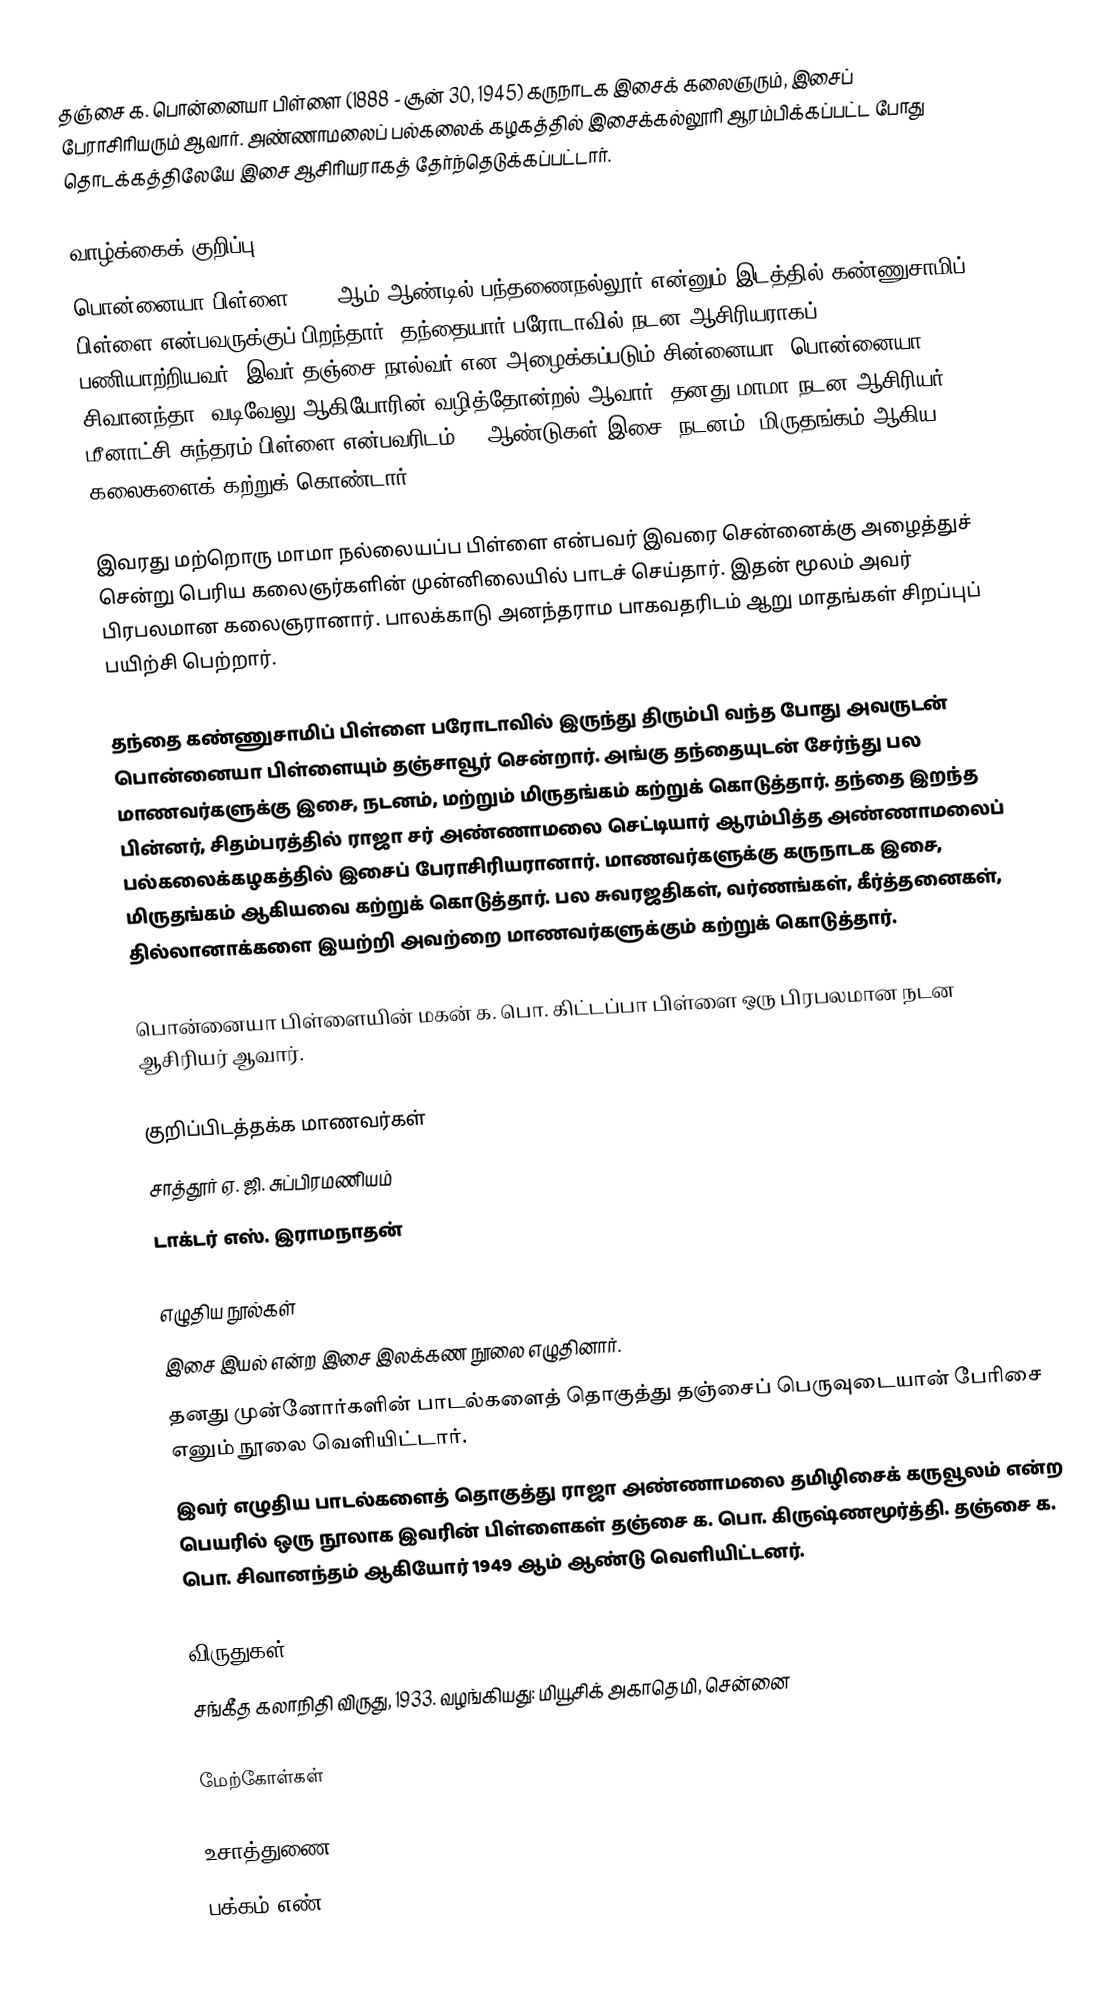
தஞ்சை க. பொன்னையா பிள்ளை (1888 - சூன் 30, 1945) கருநாடக இசைக் கலைஞரும், இசைப் பேராசிரியரும் ஆவார். அண்ணாமலைப் பல்கலைக் கழகத்தில் இசைக்கல்லூரி ஆரம்பிக்கப்பட்ட போது தொடக்கத்திலேயே இசை ஆசிரியராகத் தேர்ந்தெடுக்கப்பட்டார்.

வாழ்க்கைக் குறிப்பு
பொன்னையா பிள்ளை 1888 ஆம் ஆண்டில் பந்தணைநல்லூர் என்னும் இடத்தில் கண்ணுசாமிப் பிள்ளை என்பவருக்குப் பிறந்தார். தந்தையார் பரோடாவில் நடன ஆசிரியராகப் பணியாற்றியவர். இவர் தஞ்சை நால்வர் என அழைக்கப்படும் சின்னையா, பொன்னையா, சிவானந்தா, வடிவேலு ஆகியோரின் வழித்தோன்றல் ஆவார். தனது மாமா நடன ஆசிரியர் மீனாட்சி சுந்தரம் பிள்ளை என்பவரிடம் 15 ஆண்டுகள் இசை, நடனம், மிருதங்கம் ஆகிய கலைகளைக் கற்றுக் கொண்டார்.

இவரது மற்றொரு மாமா நல்லையப்ப பிள்ளை என்பவர் இவரை சென்னைக்கு அழைத்துச் சென்று பெரிய கலைஞர்களின் முன்னிலையில் பாடச் செய்தார். இதன் மூலம் அவர் பிரபலமான கலைஞரானார். பாலக்காடு அனந்தராம பாகவதரிடம் ஆறு மாதங்கள் சிறப்புப் பயிற்சி பெற்றார்.

தந்தை கண்ணுசாமிப் பிள்ளை பரோடாவில் இருந்து திரும்பி வந்த போது அவருடன் பொன்னையா பிள்ளையும் தஞ்சாவூர் சென்றார். அங்கு தந்தையுடன் சேர்ந்து பல மாணவர்களுக்கு இசை, நடனம், மற்றும் மிருதங்கம் கற்றுக் கொடுத்தார். தந்தை இறந்த பின்னர், சிதம்பரத்தில் ராஜா சர் அண்ணாமலை செட்டியார் ஆரம்பித்த அண்ணாமலைப் பல்கலைக்கழகத்தில் இசைப் பேராசிரியரானார். மாணவர்களுக்கு கருநாடக இசை, மிருதங்கம் ஆகியவை கற்றுக் கொடுத்தார். பல சுவரஜதிகள், வர்ணங்கள், கீர்த்தனைகள், தில்லானாக்களை இயற்றி அவற்றை மாணவர்களுக்கும் கற்றுக் கொடுத்தார்.

பொன்னையா பிள்ளையின் மகன் க. பொ. கிட்டப்பா பிள்ளை ஒரு பிரபலமான நடன ஆசிரியர் ஆவார்.

குறிப்பிடத்தக்க மாணவர்கள்
 சாத்தூர் ஏ. ஜி. சுப்பிரமணியம்
 டாக்டர் எஸ். இராமநாதன்

எழுதிய நூல்கள்
 இசை இயல் என்ற இசை இலக்கண நூலை எழுதினார்.
 தனது முன்னோர்களின் பாடல்களைத் தொகுத்து தஞ்சைப் பெருவுடையான் பேரிசை எனும் நூலை வெளியிட்டார்.
 இவர் எழுதிய பாடல்களைத் தொகுத்து ராஜா அண்ணாமலை தமிழிசைக் கருவூலம் என்ற பெயரில் ஒரு நூலாக இவரின் பிள்ளைகள் தஞ்சை க. பொ. கிருஷ்ணமூர்த்தி. தஞ்சை க. பொ. சிவானந்தம் ஆகியோர் 1949 ஆம் ஆண்டு வெளியிட்டனர்.

விருதுகள்
 சங்கீத கலாநிதி விருது, 1933. வழங்கியது: மியூசிக் அகாதெமி, சென்னை

மேற்கோள்கள்

உசாத்துணை
பக்கம் எண்:633 & 634,